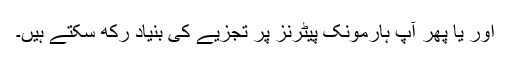
اور یا پھر آپ ہارمونک پیٹرنز پر تجزیے کی بنیاد رکھ سکتے ہیں۔